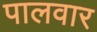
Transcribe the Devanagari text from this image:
पालवार